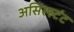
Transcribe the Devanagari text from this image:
असिस्स्टंट